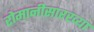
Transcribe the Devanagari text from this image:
रोमानीसारख्या